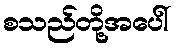
စသည်တို့အပေါ်